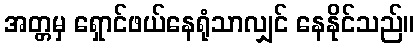
အတ္တမှ ရှောင်ဖယ်နေရုံသာလျှင် နေနိုင်သည်။